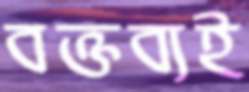
বক্তব্যই